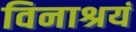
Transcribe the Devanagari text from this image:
विनाश्रयं